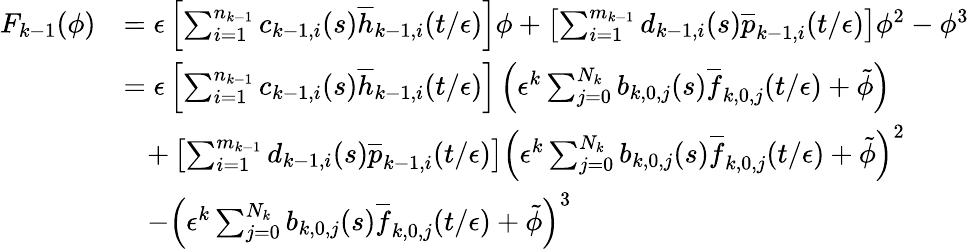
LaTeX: \begin{array}{rl}{F_{k-1}(\phi)}&{=\epsilon\left[\sum_{i=1}^{n_{k-1}}c_{k-1,i}(s)\overline{{h}}_{k-1,i}(t/\epsilon)\right]\phi+\left[\sum_{i=1}^{m_{k-1}}d_{k-1,i}(s)\overline{{p}}_{k-1,i}(t/\epsilon)\right]\phi^{2}-\phi^{3}}\\ &{=\epsilon\left[\sum_{i=1}^{n_{k-1}}c_{k-1,i}(s)\overline{{h}}_{k-1,i}(t/\epsilon)\right]\left(\epsilon^{k}\sum_{j=0}^{N_{k}}b_{k,0,j}(s)\overline{{f}}_{k,0,j}(t/\epsilon)+\tilde{\phi}\right)}\\ &{\; \; \; +\left[\sum_{i=1}^{m_{k-1}}d_{k-1,i}(s)\overline{{p}}_{k-1,i}(t/\epsilon)\right]\left(\epsilon^{k}\sum_{j=0}^{N_{k}}b_{k,0,j}(s)\overline{{f}}_{k,0,j}(t/\epsilon)+\tilde{\phi}\right)^{2}}\\ &{\; \; \; -\left(\epsilon^{k}\sum_{j=0}^{N_{k}}b_{k,0,j}(s)\overline{{f}}_{k,0,j}(t/\epsilon)+\tilde{\phi}\right)^{3}}\end{array}